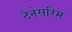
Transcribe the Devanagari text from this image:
टैनेसरिम